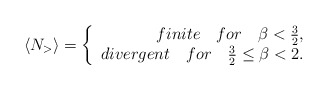
\begin{align*}\langle N_> \rangle = \left\{ \begin{array}{r@{\quad \quad}l}finite\quad for\quad \beta < \frac{3}{2}, \\divergent\quad for\quad \frac{3}{2} \le \beta < 2. \end{array} \right.\end{align*}